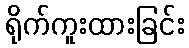
ရိုက်ကူးထားခြင်း